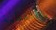
بالتغطية